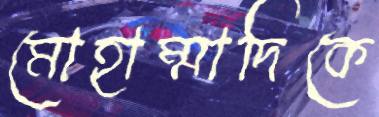
মোহাম্মাদিকে